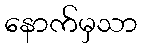
နောက်မှသာ